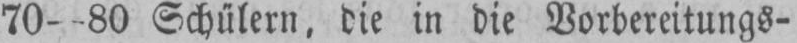
Schülern, die in die Vorbereitungs-